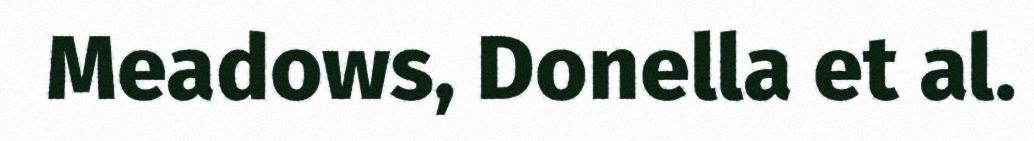
Meadows, Donella et al.